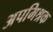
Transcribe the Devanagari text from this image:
अपमिश्रक